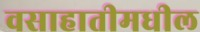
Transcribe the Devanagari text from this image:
वसाहातीमधील